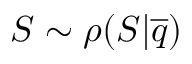
S \sim \rho ( S | \overline { { q } } )